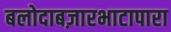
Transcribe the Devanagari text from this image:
बलोदाबज़ारभाटापारा